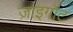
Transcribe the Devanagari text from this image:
ज़ाइगॉट